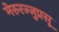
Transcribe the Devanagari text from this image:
मेरुरज्जुप्रसू